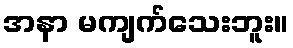
အနာ မကျက်သေးဘူး။